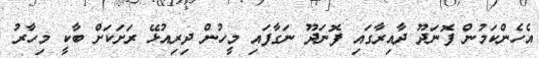
އެހެންކަމުން ފޮނަދޫ ދާއިރާގައި ފޮނަދޫ ނަގާފައި މީހުން ދިރިއުޅޭ ރަށަކަށް ބާކީ މިހާރު